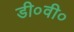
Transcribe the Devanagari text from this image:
डी०वी०